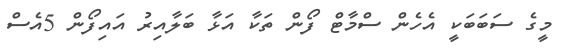
މީގެ ސަބަބަކީ އެހެން ސްމާޓް ފޯން ތަކާ އަޅާ ބަލާއިރު އައިފޯން 5އެސް